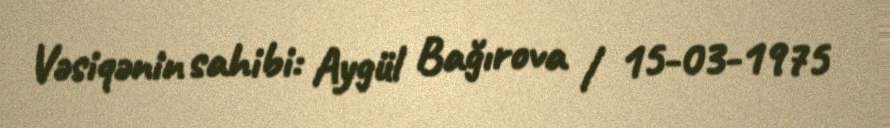
Vəsiqənin sahibi: Aygül Bağırova / 15-03-1975